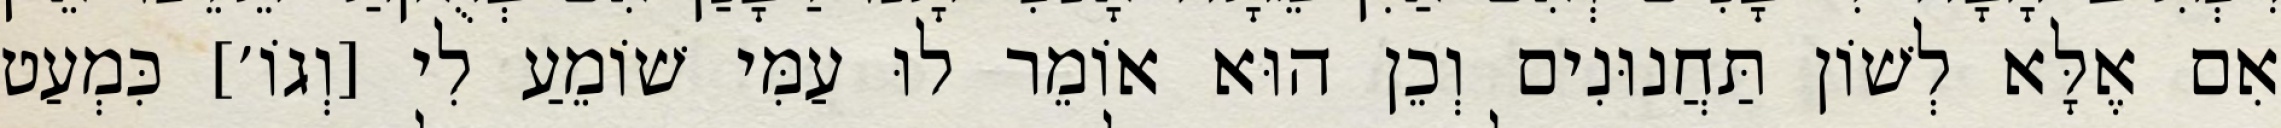
אִם אֶלָּא לְשׁוֹן תַּחֲנוּנִים וְכֵן הוּא אוֹמֵר לוּ עַמִּי שׁוֹמֵעַ לִי [וְגוֹ׳] כִּמְעַט